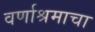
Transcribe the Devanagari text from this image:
वर्णाश्रमाचा